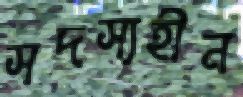
সদস্যহীন